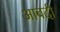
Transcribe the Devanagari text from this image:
आबदी